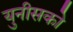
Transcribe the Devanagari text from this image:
युनीसको